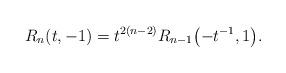
LaTeX: \begin{gather*}R_{n}(t,-1) = t^{2(n-2)} R_{n-1}\big({-}t^{-1}, 1\big).\end{gather*}